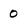
Character: 0